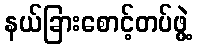
နယ်ခြားစောင့်တပ်ဖွဲ့